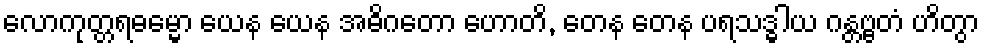
လောကုတ္တရဓမ္မော ယေန ယေန အဓိဂတော ဟောတိ, တေန တေန ပရသဒ္ဓါယ ဂန္တဗ္ဗတံ ဟိတွာ